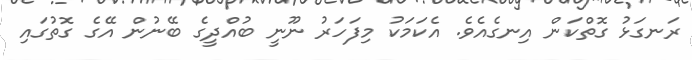
ރަނގަޅު ގޮތްކަން އިނގެއެވެ. އެކަމަކު މިފަހަރު ނޫނީ ބުއްދީގެ ބޭނުން އޭގެ ގޮތުގައި